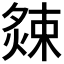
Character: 𭵫